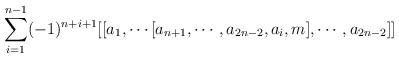
LaTeX: \begin{align*}\sum\limits_{i=1}^{n-1}(-1)^{n+i+1}[[a_{1},\cdots[a_{n+1},\cdots, a_{2n-2}, a_{i},m], \cdots, a_{2n-2}]]\end{align*}